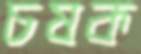
চষক